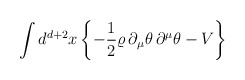
\begin{align*}\int d^{d+2}x\left\{-\frac{1}{2}\varrho\,\partial_\mu\theta\,\partial^\mu\theta-V\right\}\end{align*}